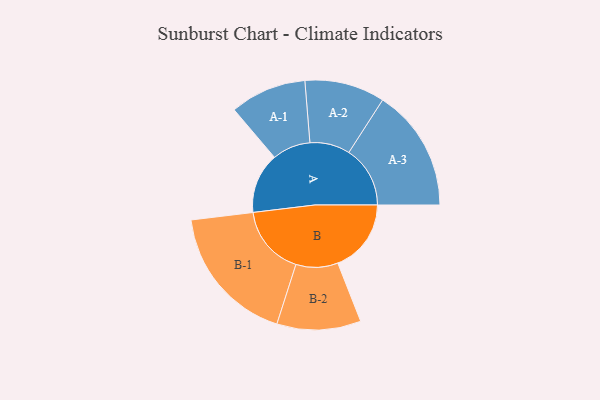
{"axis": {"x": "Segment", "y": "Value"}, "legend": ["", "A", "B"], "data": [{"x": "A", "y": 160, "type": ""}, {"x": "B", "y": 194, "type": ""}, {"x": "A-1", "y": 101, "type": "A"}, {"x": "A-2", "y": 106, "type": "A"}, {"x": "A-3", "y": 162, "type": "A"}, {"x": "B-1", "y": 185, "type": "B"}, {"x": "B-2", "y": 111, "type": "B"}]}